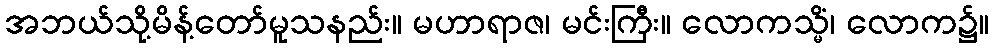
အဘယ်သို့မိန့်တော်မူသနည်း။ မဟာရာဇ၊ မင်းကြီး။ လောကသ္မိံ၊ လောက၌။